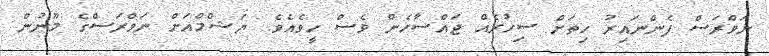
ނަވްރަސް ފެންނައިރު ހިތަށް ސިހުރެއް ޖައްސާހެން ވެސް ހީވެއެވެ. ޔަޝްމްއަށް ނަވްރަސްގެ މޫނުން